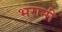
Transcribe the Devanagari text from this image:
भरानी